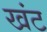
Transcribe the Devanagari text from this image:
खंट